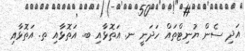
އަދި ސެން ޔުނިޓްތައް ހަދަނީ ނ. އަތޮޅާއި ބ. އަތޮޅާއި ތ. އަތޮޅާއި